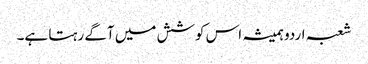
شعبہ اردو ہمیشہ اس کوشش میں آگے رہتا ہے۔